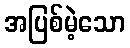
အပြစ်မဲ့သော